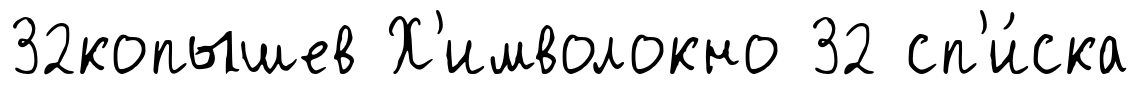
32копышев Х'имволокно 32 сп'и́ска